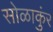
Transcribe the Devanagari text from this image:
सोळाकुंर